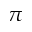
\pi